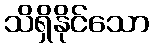
သိရှိနိုင်သော